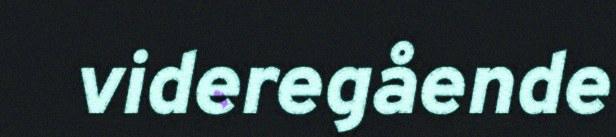
videregående